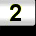
Digit: 2